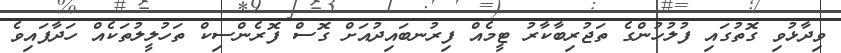
ވިދާޅުވި ގޮތުގައި ފުލުހުންގެ ތަޖުރިބާކާރު ޓީމެއް ފިރުނބައިދުއަށް ގޮސް ފޮރެންސިކް ތަހުލީލުތަކެއް ހަދާފައިވެ